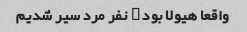
واقعا هیولا بود ۳ نفر مرد سیر شدیم